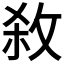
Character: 𭣱